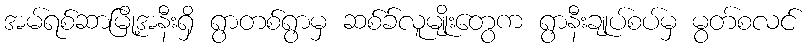
အမ်ရစ်ဆာမြို့အနီးရှိ ရွာတစ်ရွာမှ ဆစ်ခ်လူမျိုးတွေက ရွာနီးချုပ်စပ်မှ မွတ်စလင်